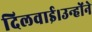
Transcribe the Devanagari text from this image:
दिलवाई।उन्होंने